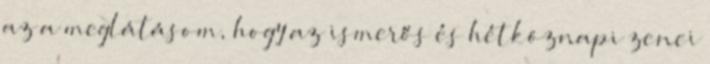
az a meglátásom, hogy az ismerős és hétköznapi zenei